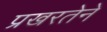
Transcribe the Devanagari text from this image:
प्रखरतेने